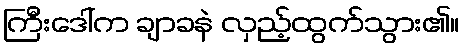
ကြီးဒေါ်က ချာခနဲ လှည့်ထွက်သွား၏။